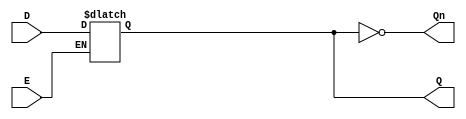
module async_gated_latch (
    input wire D,      // Data input
    input wire E,      // Enable signal
    output reg Q,      // Output
    output wire Qn     // Complement output
);

// Complement output
assign Qn = ~Q;

// Latch behavior
always @(*) begin
    if (E) begin
        Q = D;  // When enable is high, output follows the data input
    end
    // If E is low, Q retains its previous value (latch behavior)
end

endmodule